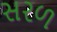
સરળ